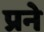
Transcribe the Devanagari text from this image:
प्रने